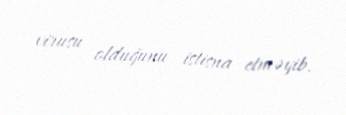
virusu olduğunu istisna etməyib.